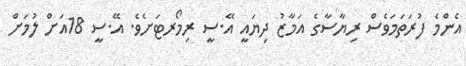
އެންމެ ފުރަތަމަވެސް ރިޔާސާގެ އަމާޒު ދިޔައީ އޭ.ސީ ރިމޯރޓަށެވެ. އޭ.ސީ 18އަށް ލުމަށް